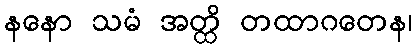
နနော သမံ အတ္ထိ တထာဂတေန၊